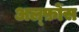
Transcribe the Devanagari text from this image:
अल्फ़ोंस